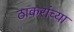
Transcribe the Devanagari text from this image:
ठाकरांच्या